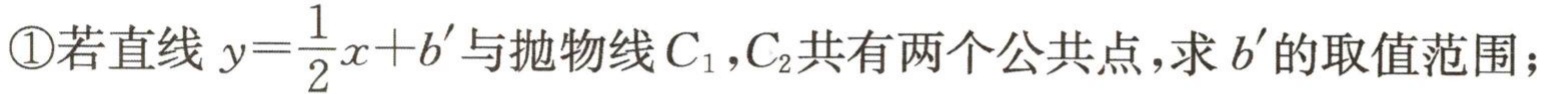
\textcircled{1}若直线 \(y = \frac{1}{2}x + b'\) 与抛物线 \(C_{1},C_{2}\) 共有两个公共点，求 \(b'\) 的取值范围；